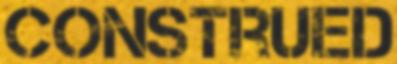
CONSTRUED